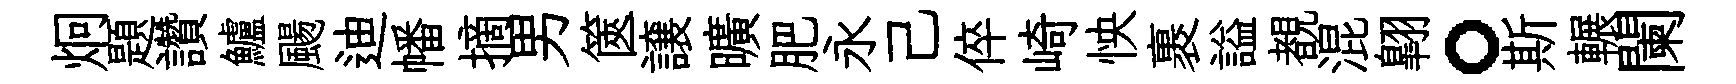
炯題讚鱸颺迪幡摘男篋譲曠肥永己倅崎怏裹謚覩混翺。斯輾闌